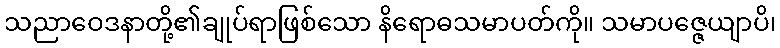
သညာဝေဒနာတို့၏ချုပ်ရာဖြစ်သော နိရောဓသမာပတ်ကို။ သမာပဇ္ဇေယျာပိ၊